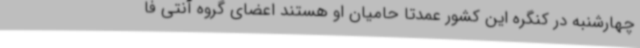
چهارشنبه در کنگره این کشور عمدتا حامیان او هستند اعضای گروه آنتی فا